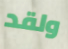
ولقد